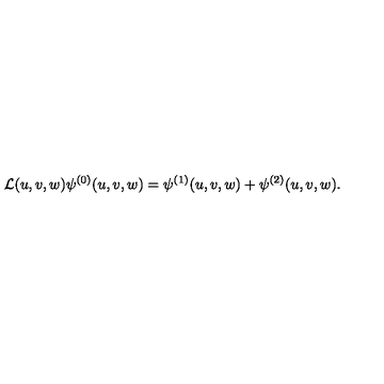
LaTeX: { \cal L } ( u , v , w ) \psi ^ { ( 0 ) } ( u , v , w ) = \psi ^ { ( 1 ) } ( u , v , w ) + \psi ^ { ( 2 ) } ( u , v , w ) .